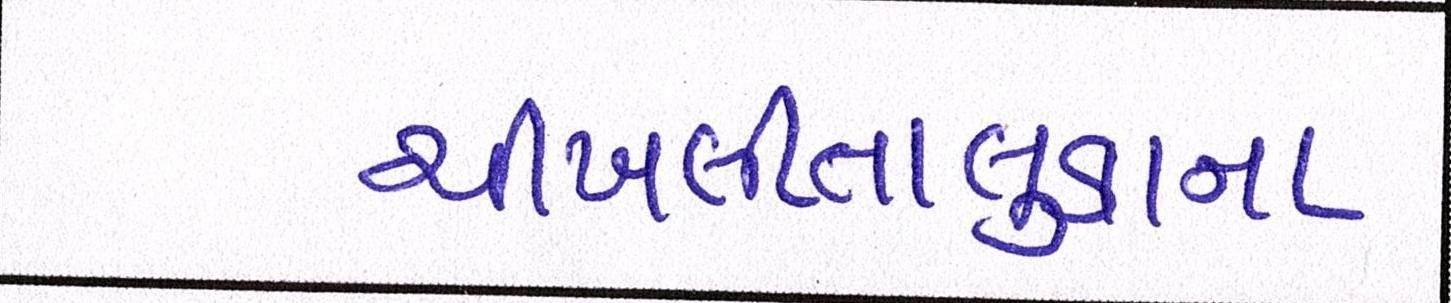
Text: ચીખલીતાલુકાના